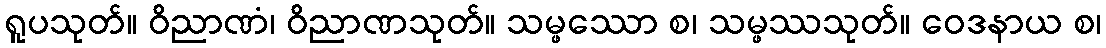
ရူပသုတ်။ ဝိညာဏံ၊ ဝိညာဏသုတ်။ သမ္ဖဿော စ၊ သမ္ဖဿသုတ်။ ဝေဒနာယ စ၊